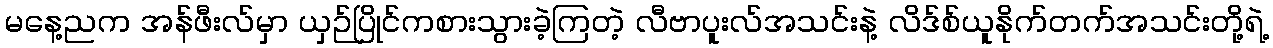
မနေ့ညက အန်ဖီးလ်မှာ ယှဉ်ပြိုင်ကစားသွားခဲ့ကြတဲ့ လီဗာပူးလ်အသင်းနဲ့ လိဒ်စ်ယူနိုက်တက်အသင်းတို့ရဲ့